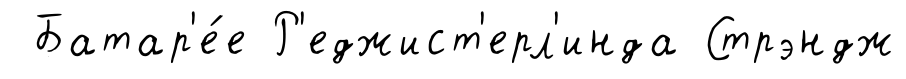
Батар'е́е Р'еджист'ерл'инда Стрэндж